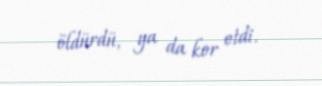
öldürdü, ya da kor etdi.